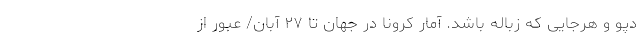
دپو و هرجایی که زباله باشد. آمار کرونا در جهان تا ۲۷ آبان/ عبور از